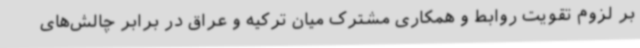
بر لزوم تقویت روابط و همکاری مشترک میان ترکیه و عراق در برابر چالش‌های